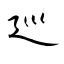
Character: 巡